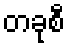
တခုစီ